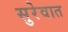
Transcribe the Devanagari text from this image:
सुरेवात